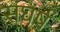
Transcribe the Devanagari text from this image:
संघंर्ष